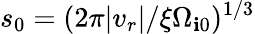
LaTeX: s_{0}=(2\pi|v_{r}|/\xi\Omega_{\mathbf{i}0})^{1/3}